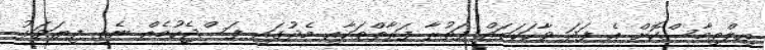
އިލްތިމާސްކޮށް އެ ފަދަ ވާހަކަތައް ފަތުރާ ފަރާތްތަކާއި މެދުގައި ފަސްޖެހުމެއް ނެތި ފިޔަވަޅު